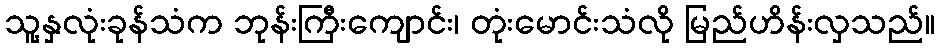
သူ့နှလုံးခုန်သံက ဘုန်းကြီးကျောင်း၊ တုံးမောင်းသံလို မြည်ဟိန်းလှသည်။